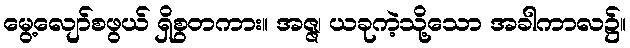
မွေ့လျော်စဖွယ် ရှိစွတကား။ အဇ္ဇ၊ ယခုကဲ့သို့သော အခါကာလ၌။